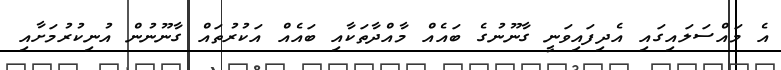
އެ މައްސަލައިގައި އެދިފައިވަނީ ގާނޫނުގެ ބައެއް މާއްދާތަކާއި ބައެއް އަކުރުތައް ގާނޫނުން އުނިކުރުމަށާއި